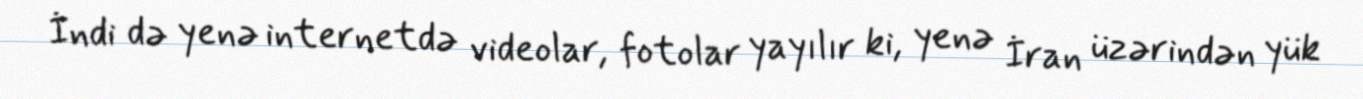
İndi də yenə internetdə videolar, fotolar yayılır ki, yenə İran üzərindən yük